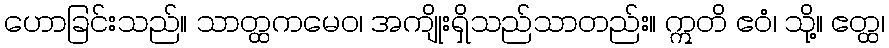
ဟောခြင်းသည်။ သာတ္ထကမေဝ၊ အကျိုးရှိသည်သာတည်း။ ဣတိ ဧဝံ၊ သို့။ ဧတ္ထ၊